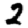
Digit: 2